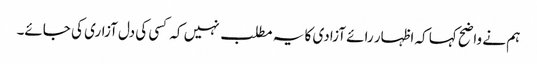
ہم نے واضح کہا کہ اظہار رائے آزادی کا یہ مطلب نہیں کہ کسی کی دل آزاری کی جائے۔